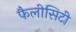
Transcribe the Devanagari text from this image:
फैलीसिटी